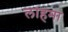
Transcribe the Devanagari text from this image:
लाहमा